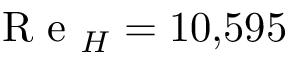
\mathrm { ~ R ~ e ~ } _ { H } = 1 0 { , } 5 9 5